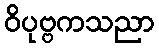
ဝိပုဗ္ဗကသညာ